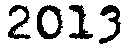
2013